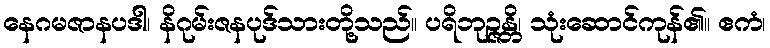
နေဂမဇာနပဒါ၊ နိဂုမ်းဇနပုဒ်သားတို့သည်။ ပရိဘုဉ္ဇန္တိ၊ သုံးဆောင်ကုန်၏။ ဧကံ၊